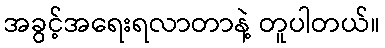
အခွင့်အရေးရလာတာနဲ့ တူပါတယ်။